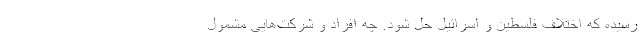
رسیده که اختلاف فلسطین و اسرائیل حل شود. چه افراد و شرکت‌هایی مشمول